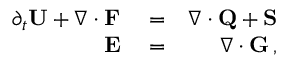
\begin{array} { r l r } { \partial _ { { t } } { \bf U } + \nabla \cdot { \bf F } } & { { } = } & { \nabla \cdot { \bf Q } + { \bf S } } \\ { { \bf E } } & { { } = } & { \nabla \cdot { \bf G } \, , } \end{array}